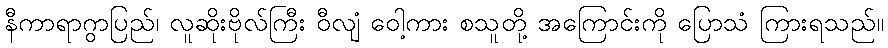
နီကာရာဂွာပြည်၊ လူဆိုးဗိုလ်ကြီး ဝီလျံ ဝေါ့ကား စသူတို့ အကြောင်းကို ပြောသံ ကြားရသည်။